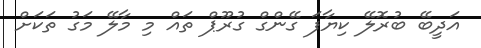
އަދީބޭ ބުރޮލޭ ކިޔާފަ ގޭންގް ގުރޫޕް ތައް މި މާލޭ މަގު ތަކަށް